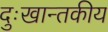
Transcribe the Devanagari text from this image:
दुःखान्तकीय